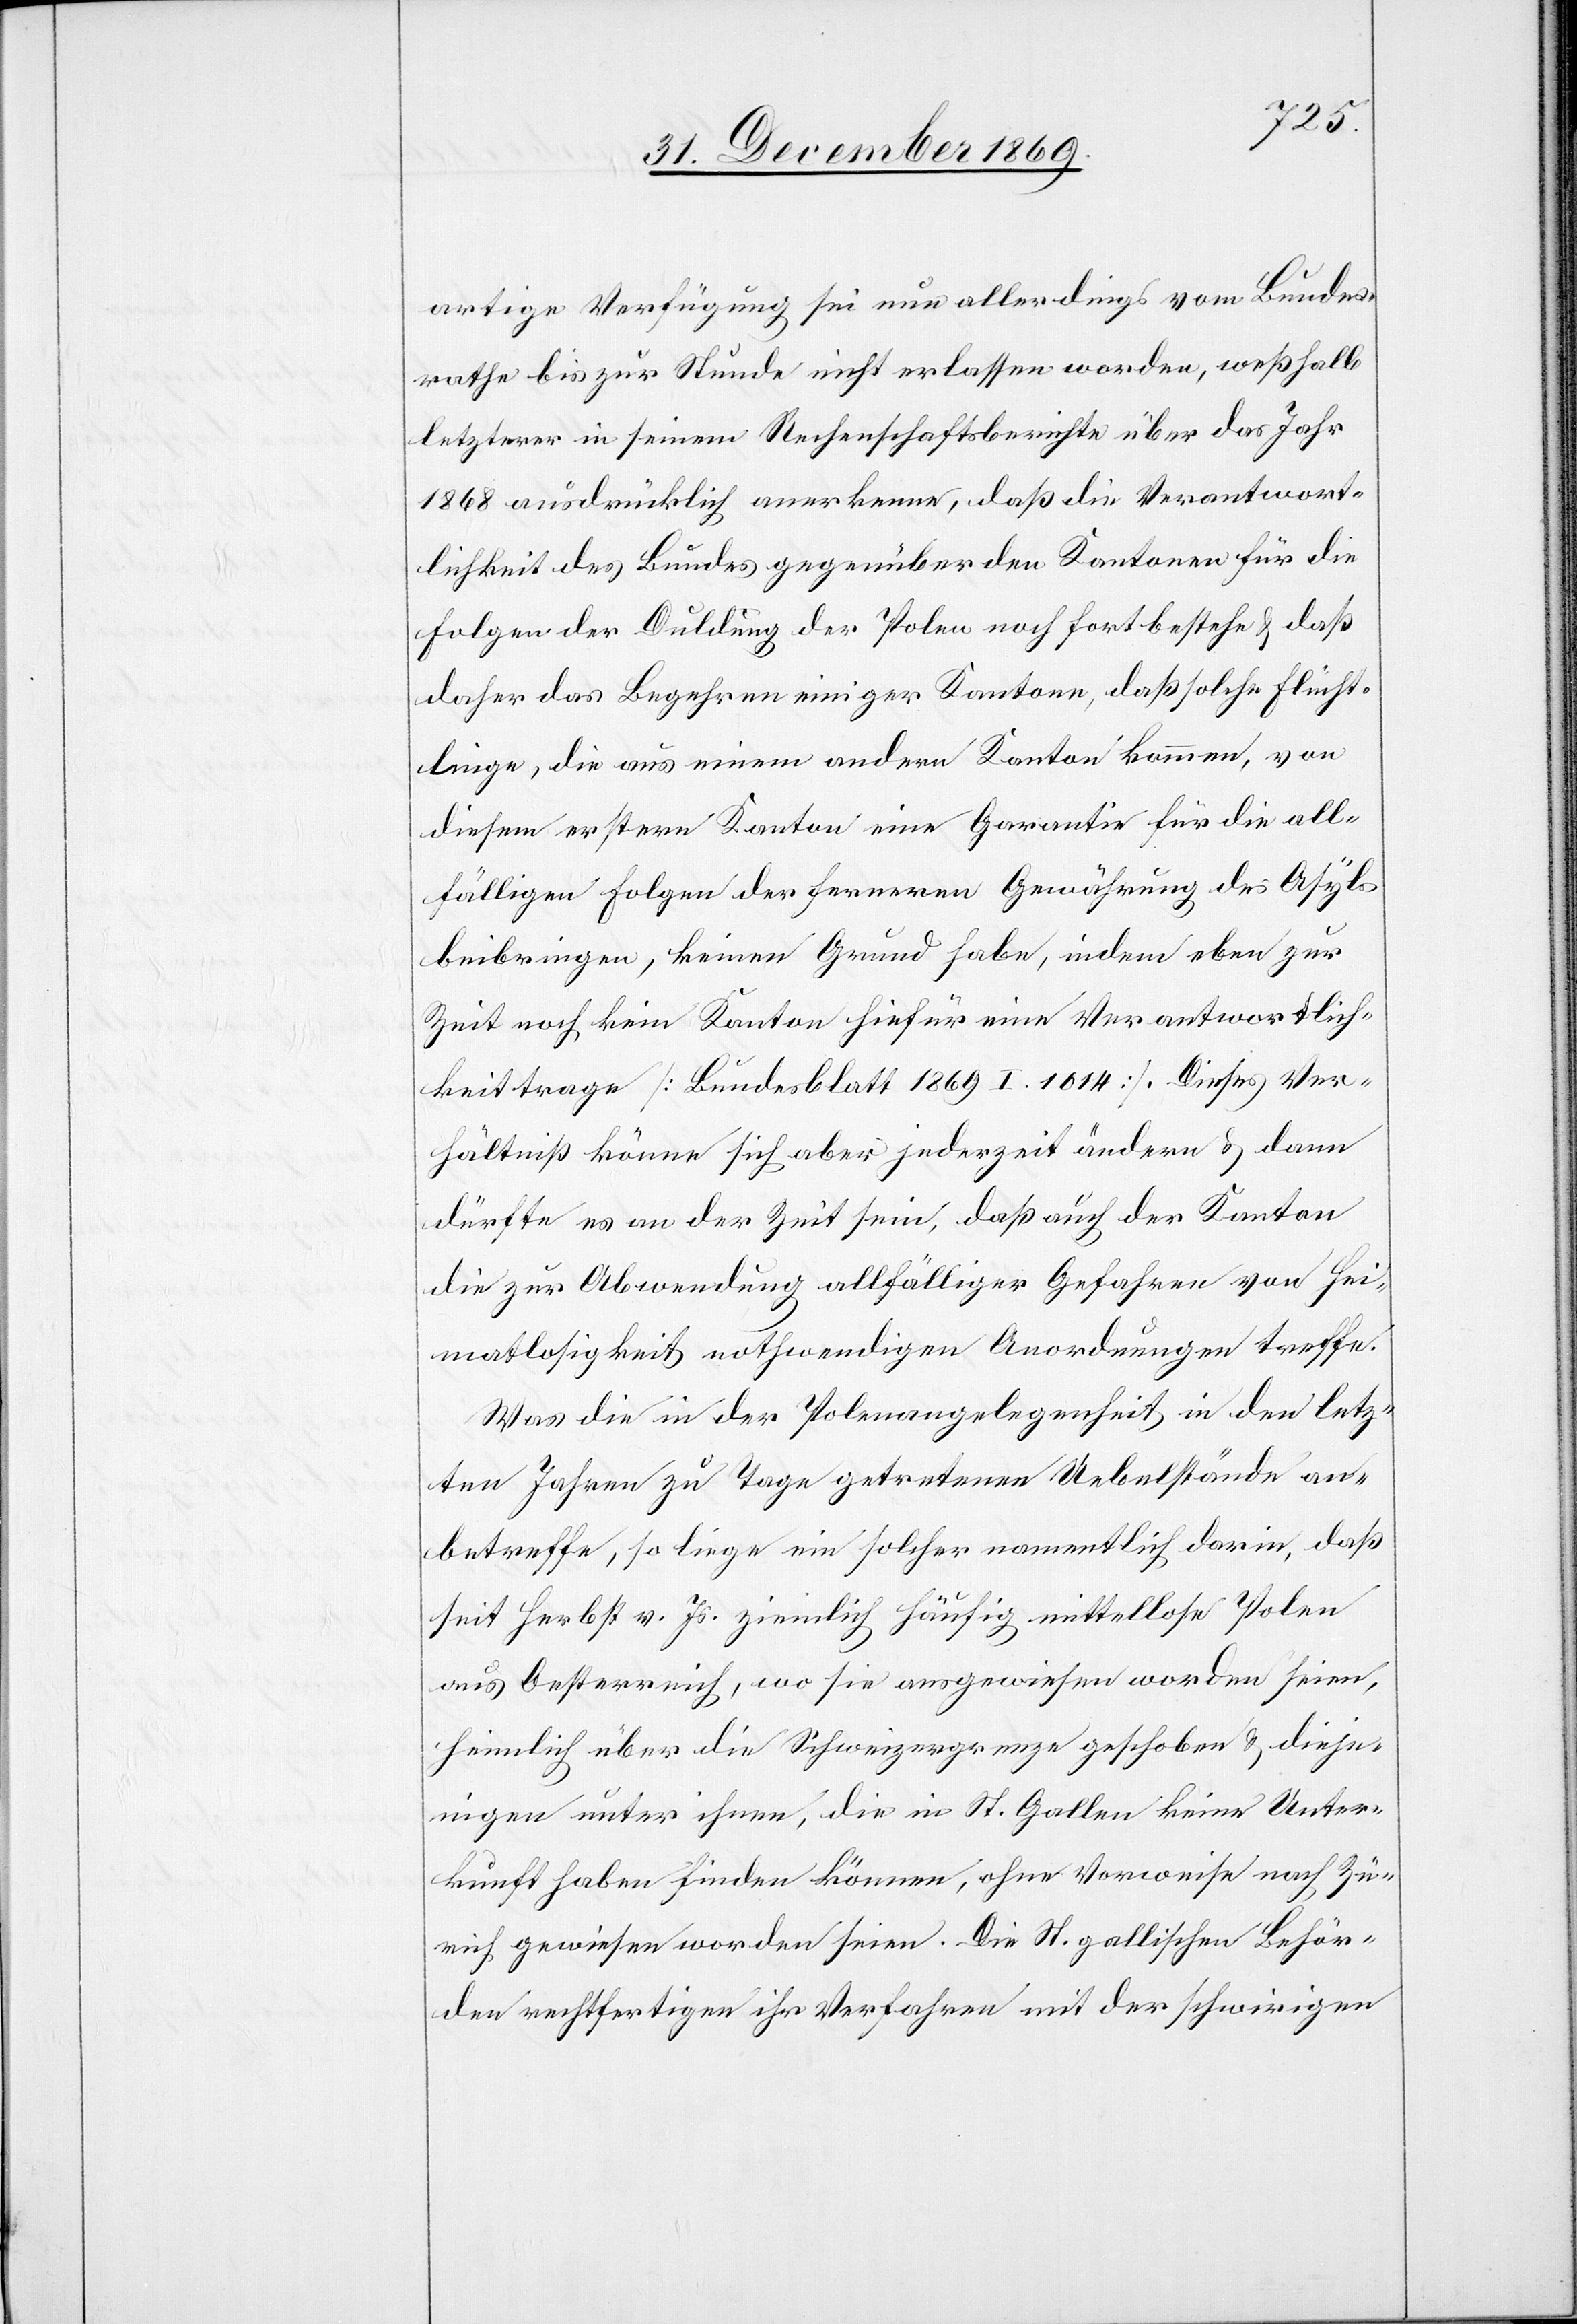
artige Verfügung sei nun allerdings vom Bundes¬
rathe bis zur Stunde nicht erlassen worden, weßhalb
letzterer in seinem Rechenschaftsberichte über das Jahr
1868 ausdrücklich anerkenne, daß die Verantwort¬
lichkeit des Bundes gegenüber den Kantonen für die
Folgen der Duldung der Polen noch fortbestehe & daß
daher das Begehren einiger Kantone, daß solche Flücht¬
linge, die aus einem andern Kanton kommen, von
diesem erstern Kanton eine Garantie für die all¬
fälligen Folgen der ferneren Gewährung des Asyls
beibringen, keinen Grund habe, indem eben zur
Zeit noch kein Kanton hiefür eine Verantwortlich¬
keit trage [Bundesblatt 1869 I. 1014]. Dieses Ver¬
hältniß könne sich aber jederzeit ändern & dann
dürfte es an der Zeit sein, daß auch der Kanton
die zur Abwendung allfälliger Gefahren von Hei¬
matlosigkeit nothwendigen Anordnungen treffe.
Was die in der Polenangelegenheit in den letz¬
ten Jahren zu Tage getretenen Uebelstände an¬
betreffe, so liege ein solcher namentlich darin, daß
seit Herbst v. Js. ziemlich häufig mittellose Polen
aus Oesterreich, wo sie ausgewiesen worden seien,
heimlich über die Schweizergrenze geschoben & dieje¬
nigen unter ihnen, die in St. Gallen keine Unter¬
kunft haben finden können, ohne Vorweise nach Zü¬
rich gewiesen worden seien. Die St. gallischen Behör¬
den rechtfertigen ihr Verfahren mit der schwirigen